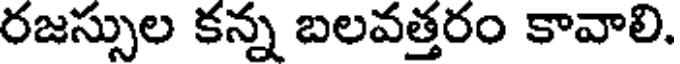
రజస్సుల కన్న బలవత్తరం కావాలి.